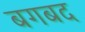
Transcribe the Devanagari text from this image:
बगबद